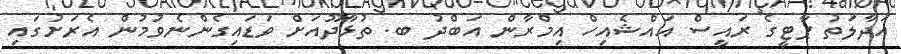
އަދާލަތު ޕާޓީގެ ރައީސް އައްޝެއިހް އިމްރާން އަބްދު ބ. ތުޅާދޫއަށް ވަޑައިގެންނެވުމުން އެރަށުގައި